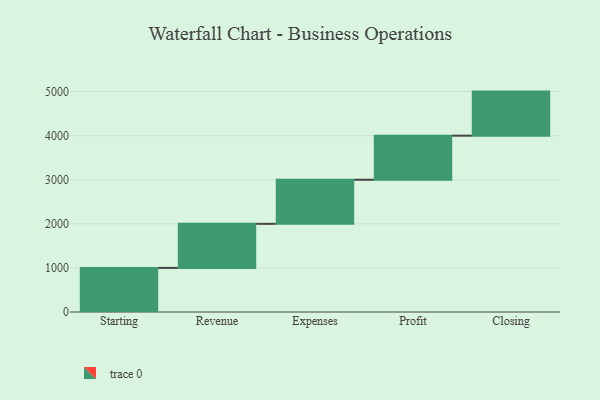
{"axis": {"x": "Step", "y": "Value"}, "legend": [""], "data": [{"x": "Starting", "y": 1000, "type": ""}, {"x": "Revenue", "y": 1000, "type": ""}, {"x": "Expenses", "y": 1000, "type": ""}, {"x": "Profit", "y": 1000, "type": ""}, {"x": "Closing", "y": 1000, "type": ""}]}